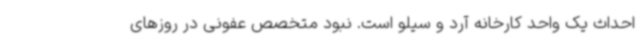
احداث یک واحد کارخانه آرد و سیلو است. نبود متخصص عفونی در روزهای